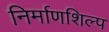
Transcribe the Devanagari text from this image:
निर्माणशिल्प